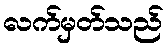
လက်မှတ်သည်